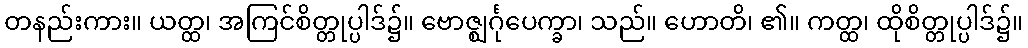
တနည်းကား။ ယတ္ထ၊ အကြင်စိတ္တုပ္ပါဒ်၌။ ဗောဇ္ဈင်္ဂုပေက္ခာ၊ သည်။ ဟောတိ၊ ၏။ ကတ္ထ၊ ထိုစိတ္တုပ္ပါဒ်၌။